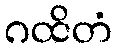
ဂထိတံ